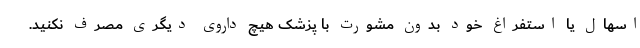
اسهال یا استفراغ خود بدون مشورت با پزشک هیچ داروی دیگری مصرف نکنید.